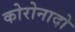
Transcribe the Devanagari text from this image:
कोरोनादो